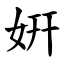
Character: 姸